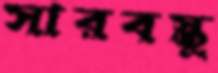
সারবস্তু